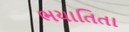
ભયાતિતા